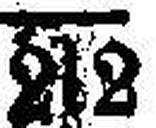
212